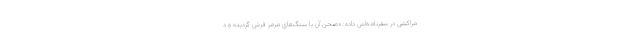
مراکشی در سفرنامه‌اش داده: «صحن آن با سنگ‌هاي مرمر فرش گرديده و د